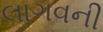
લાગવની